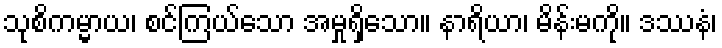
သုစိကမ္မာယ၊ စင်ကြယ်သော အမှုရှိသော။ နာရိယာ၊ မိန်းမကို။ ဒဿနံ၊